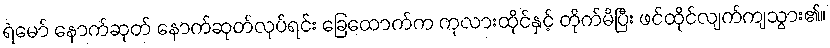
ရဲမော် နောက်ဆုတ် နောက်ဆုတ်လုပ်ရင်း ခြေထောက်က ကုလားထိုင်နှင့် တိုက်မိပြီး ဖင်ထိုင်လျက်ကျသွား၏။